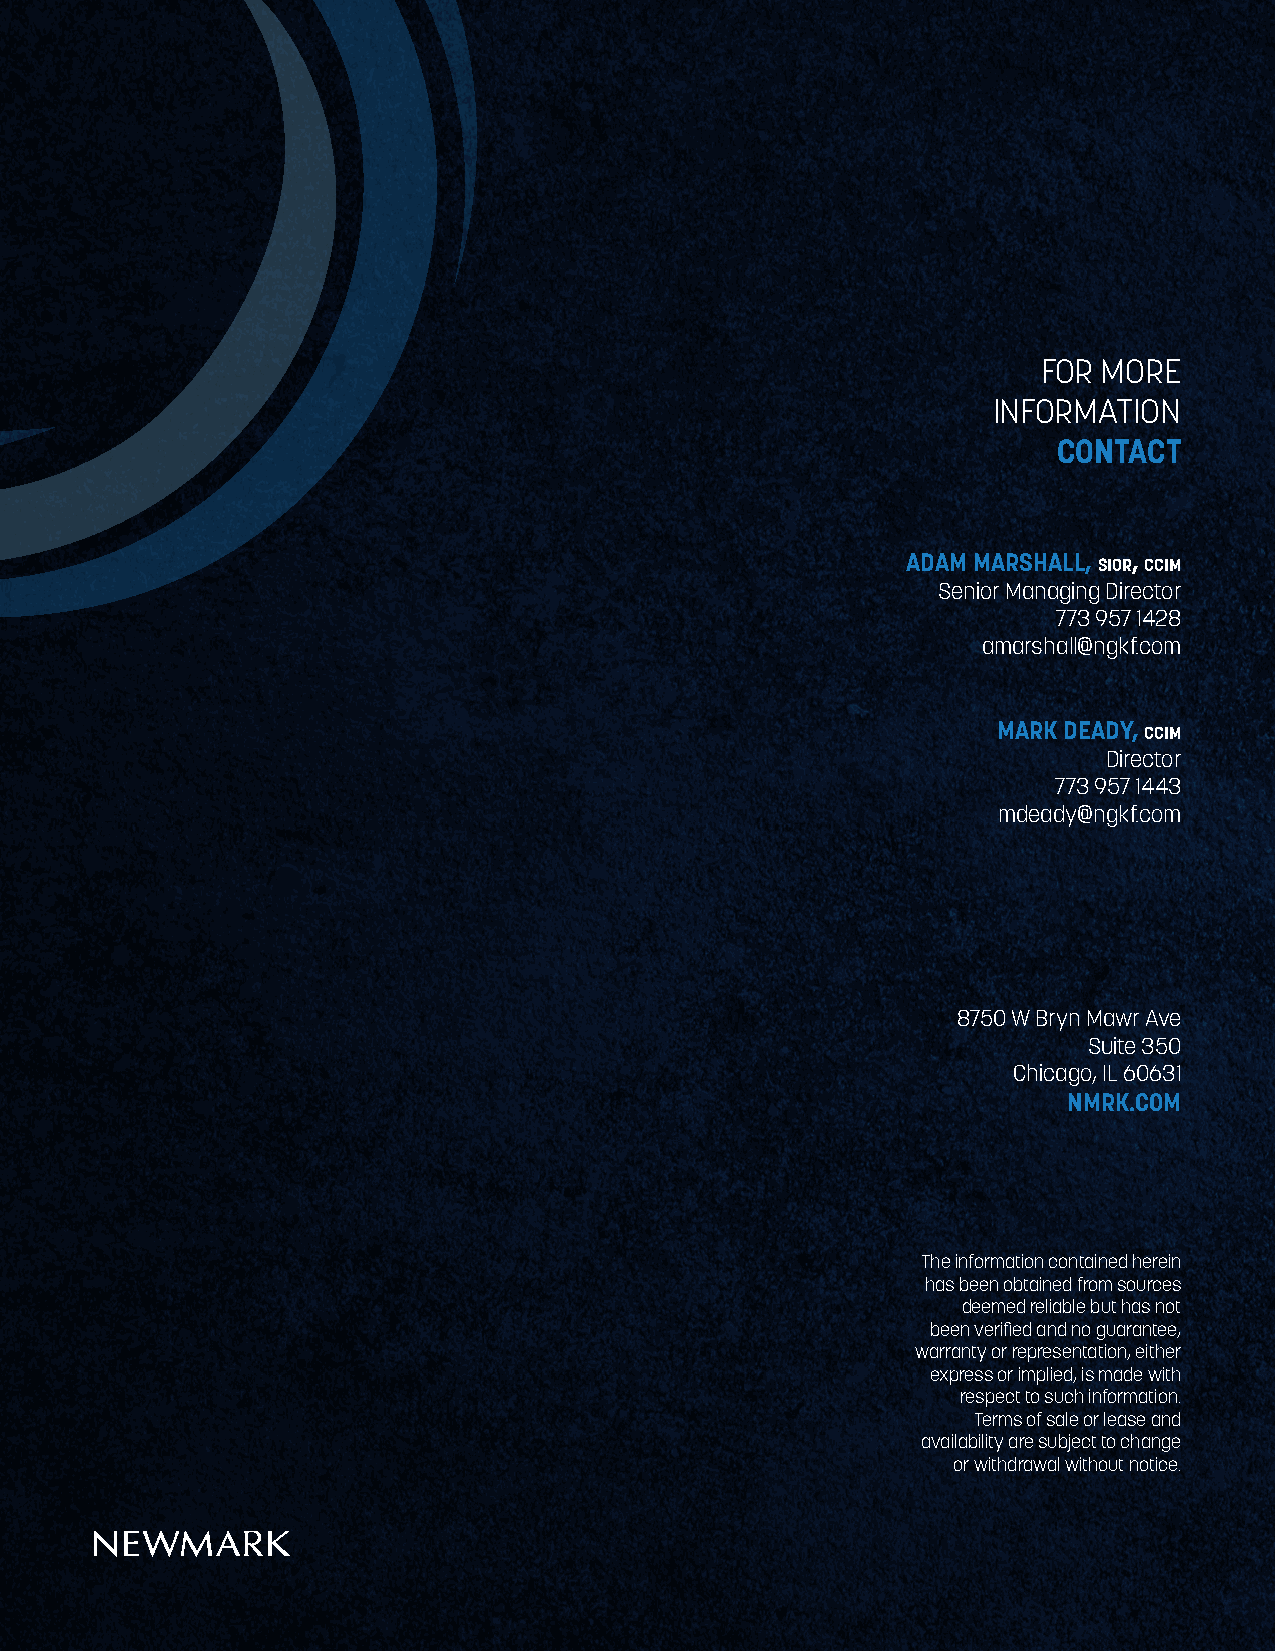
FOR MORE
 INFORMATION
 CONTACT
 ADAM MARSHALL, sior, ccim
 Senior Managing Director
 773 957 1428
 amarshall@ngkf.com
 MARK DEADY, ccim
 Director
 773 957 1443
 mdeady@ngkf.com
 8750 W Bryn Mawr Ave
 Suite 350
 Chicago, IL 60631
 NMRK.COM
 The information contained herein
 has been obtained from sources
 deemed reliable but has not
 been verified and no guarantee,
 warranty or representation, either
 express or implied, is made with
 respect to such information.
 Terms of sale or lease and
 availability are subject to change
 or withdrawal without notice.